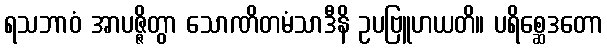
ရသဘာဝံ အာပဇ္ဇိတွာ သောဏိတမံသာဒီနိ ဥပဗြူဟယတိ။ ပရိစ္ဆေဒတော